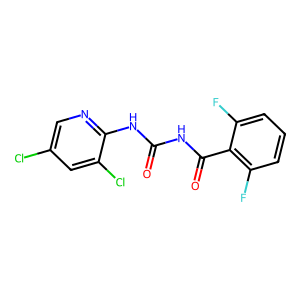
SMILES: O=C(NC(=O)c1c(F)cccc1F)Nc1ncc(Cl)cc1Cl
Inhibits HIV replication: No